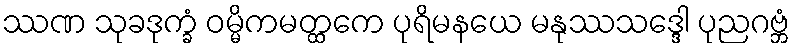
ဿဏ သုခဒုက္ခံ ဝမ္မိကမတ္ထကေ ပုရိမနယေ မနုဿသဒ္ဒေါ ပုညဂဗ္ဘံ